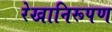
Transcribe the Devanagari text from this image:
रेखानिरूपण